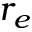
r _ { e }